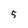
Character: 5